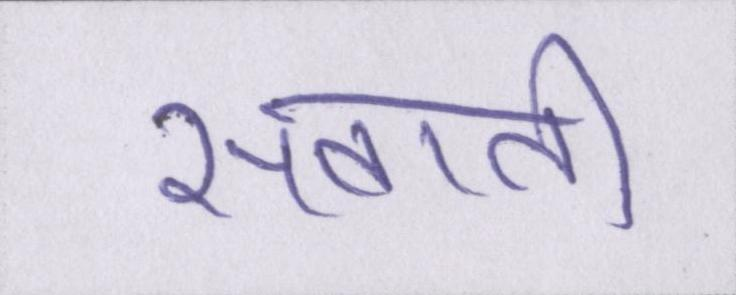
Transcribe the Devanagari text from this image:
सवानी